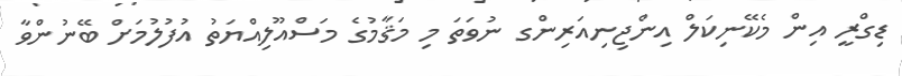
ޑިގްރީ އިން މެކޭނިކަލް އިންޖިނިއަރިންގ ނުވަތަ މި މަޤާމުގެ މަސްއޫލިއްޔަތު އުފުލުމަށް ބޭނުންވާ